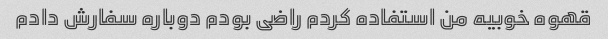
قهوه خوبیه من استفاده کردم راضی بودم دوباره سفارش دادم